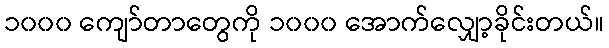
၁၀၀၀ ကျော်တာတွေကို ၁၀၀၀ အောက်လျှော့ခိုင်းတယ်။